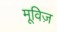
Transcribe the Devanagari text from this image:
मूविज़